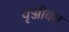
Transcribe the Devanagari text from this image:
वृज्जीवंत